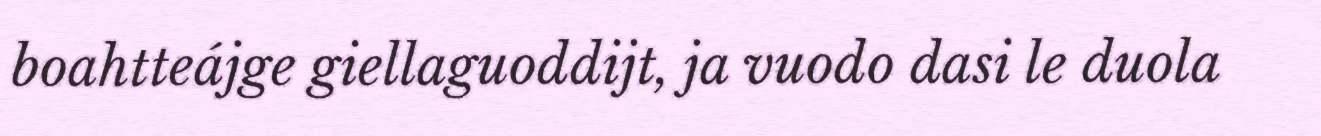
boahtteájge giellaguoddijt, ja vuodo dasi le duola